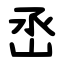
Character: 㞼